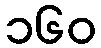
၁၆၀